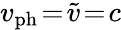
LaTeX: v_{\mathrm{ph}}\! =\! \widetilde{v}\! =\! c